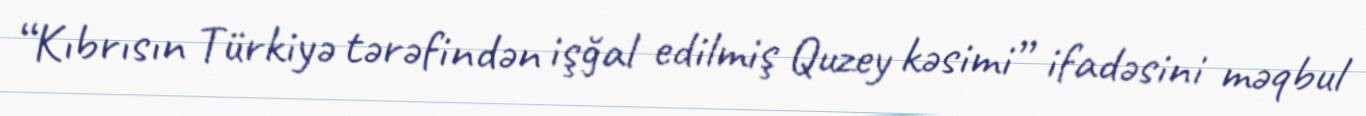
“Kıbrısın Türkiyə tərəfindən işğal edilmiş Quzey kəsimi” ifadəsini məqbul